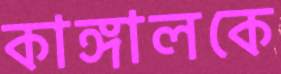
কাঙ্গালকে